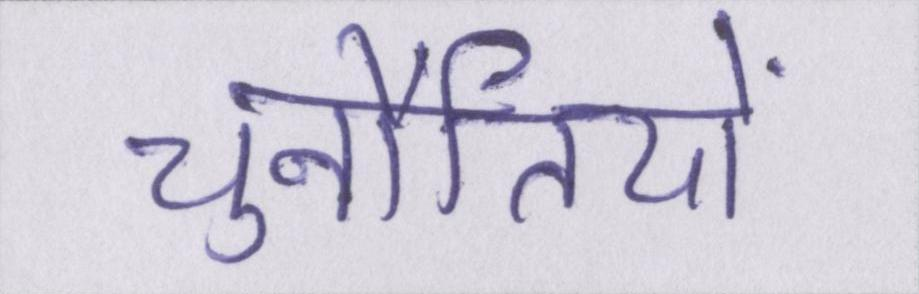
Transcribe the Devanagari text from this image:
चुनौतियों